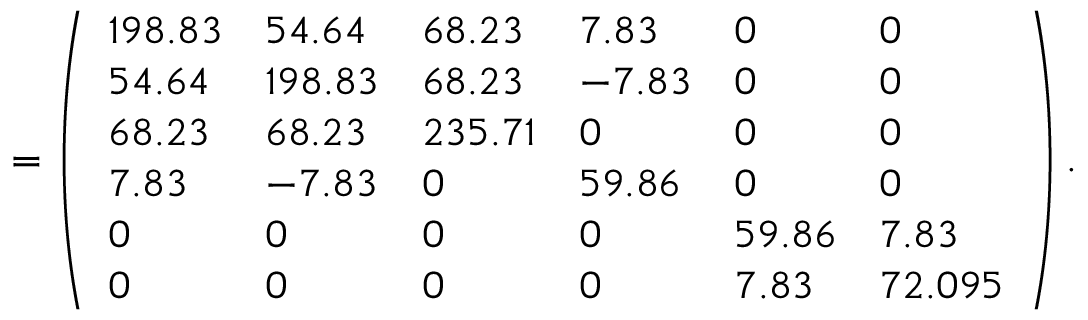
= \left( \begin{array} { l l l l l l } { 1 9 8 . 8 3 } & { 5 4 . 6 4 } & { 6 8 . 2 3 } & { 7 . 8 3 } & { 0 } & { 0 } \\ { 5 4 . 6 4 } & { 1 9 8 . 8 3 } & { 6 8 . 2 3 } & { - 7 . 8 3 } & { 0 } & { 0 } \\ { 6 8 . 2 3 } & { 6 8 . 2 3 } & { 2 3 5 . 7 1 } & { 0 } & { 0 } & { 0 } \\ { 7 . 8 3 } & { - 7 . 8 3 } & { 0 } & { 5 9 . 8 6 } & { 0 } & { 0 } \\ { 0 } & { 0 } & { 0 } & { 0 } & { 5 9 . 8 6 } & { 7 . 8 3 } \\ { 0 } & { 0 } & { 0 } & { 0 } & { 7 . 8 3 } & { 7 2 . 0 9 5 } \end{array} \right) .